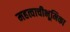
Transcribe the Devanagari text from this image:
महत्वाचीभूमिका